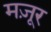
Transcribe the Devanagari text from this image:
मज़ूर